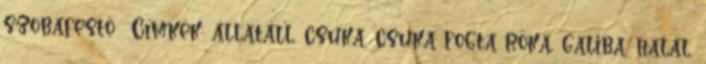
szobafestő Címkék: állatáll, csuka, csuka fogta róka, galiba, halál,